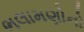
ભલામણોનો